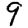
Digit: 9